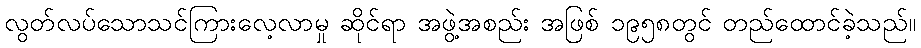
လွတ်လပ်သောသင်ကြားလေ့လာမှု ဆိုင်ရာ အဖွဲ့အစည်း အဖြစ် ၁၉၅၈တွင် တည်ထောင်ခဲ့သည်။